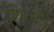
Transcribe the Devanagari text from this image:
शिरात्रि